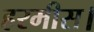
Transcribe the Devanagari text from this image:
हरमीस।